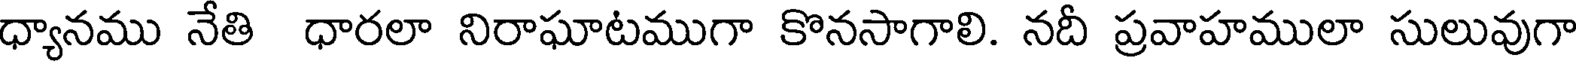
ధ్యానము నేతి ధారలా నిరాఘాటముగా కొనసాగాలి. నదీ ప్రవాహములా సులువుగా